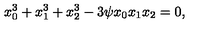
x _ { 0 } ^ { 3 } + x _ { 1 } ^ { 3 } + x _ { 2 } ^ { 3 } - 3 \psi x _ { 0 } x _ { 1 } x _ { 2 } = 0 ,